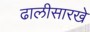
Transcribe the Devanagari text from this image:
ढालीसारखे